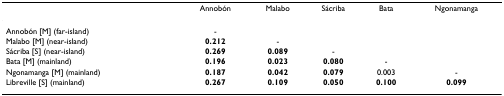
|  | Annobón | Malabo | Sácriba | Bata | Ngonamanga |
 | --- | --- | --- | --- | --- | --- |
 | Annobón [M] (far-island) | - |  |  |  |  |
 | Malabo [M] (near-island) | 0.212 | - |  |  |  |
 | Sácriba [S] (near-island) | 0.269 | 0.089 | - |  |  |
 | Bata [M] (mainland) | 0.196 | 0.023 | 0.080 | - |  |
 | Ngonamanga [M] (mainland) | 0.187 | 0.042 | 0.079 | 0.003 | - |
 | Libreville [S] (mainland) | 0.267 | 0.109 | 0.050 | 0.100 | 0.099 |